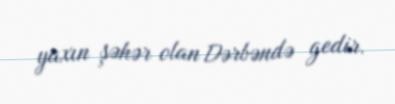
yaxın şəhər olan Dərbəndə gedir.